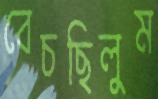
বেচছিলুম